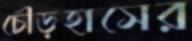
চৌড়হাসের